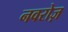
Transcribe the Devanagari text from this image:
नवरोज़